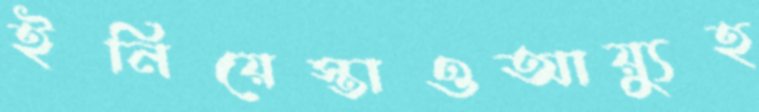
ইনিয়েস্তাওআয়্যুহ